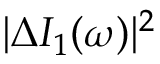
| \Delta I _ { 1 } ( \omega ) | ^ { 2 }